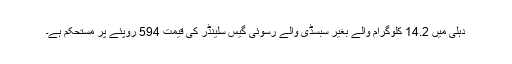
دہلی میں 14.2 کلوگرام والے بغیر سبسڈی والے رسوئی گیس سلینڈر کی قیمت 594 روپئے پر مستحکم ہے۔